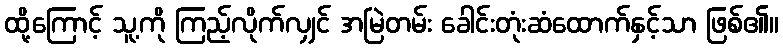
ထို့ကြောင့် သူ့ကို ကြည့်လိုက်လျှင် အမြဲတမ်း ခေါင်းတုံးဆံထောက်နှင့်သာ ဖြစ်၏။